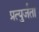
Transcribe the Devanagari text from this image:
प्रत्युर्जता